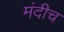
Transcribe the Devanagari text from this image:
मंदीच